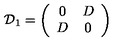
{ \cal D } _ { 1 } = \left( \begin{array} { c c } { 0 } & { D } \\ { D } & { 0 } \\ \end{array} \right)